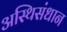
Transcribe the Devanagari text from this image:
अस्थिसंधान